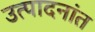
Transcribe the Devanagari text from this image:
उत्पादनांत